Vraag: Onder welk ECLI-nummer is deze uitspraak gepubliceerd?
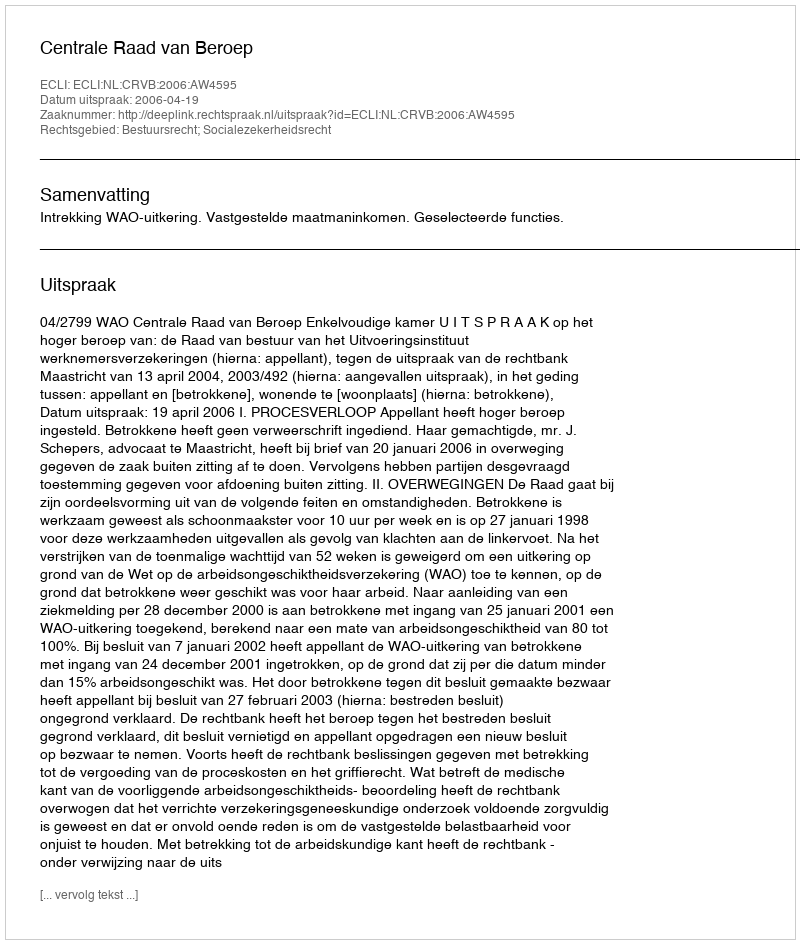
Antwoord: ECLI:NL:CRVB:2006:AW4595